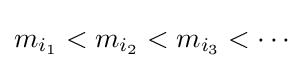
m_{i_{1}}<m_{i_{2}}<m_{i_{3}}<\cdots